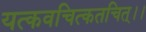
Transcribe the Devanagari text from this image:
यत्कवचित्कतचित्।।